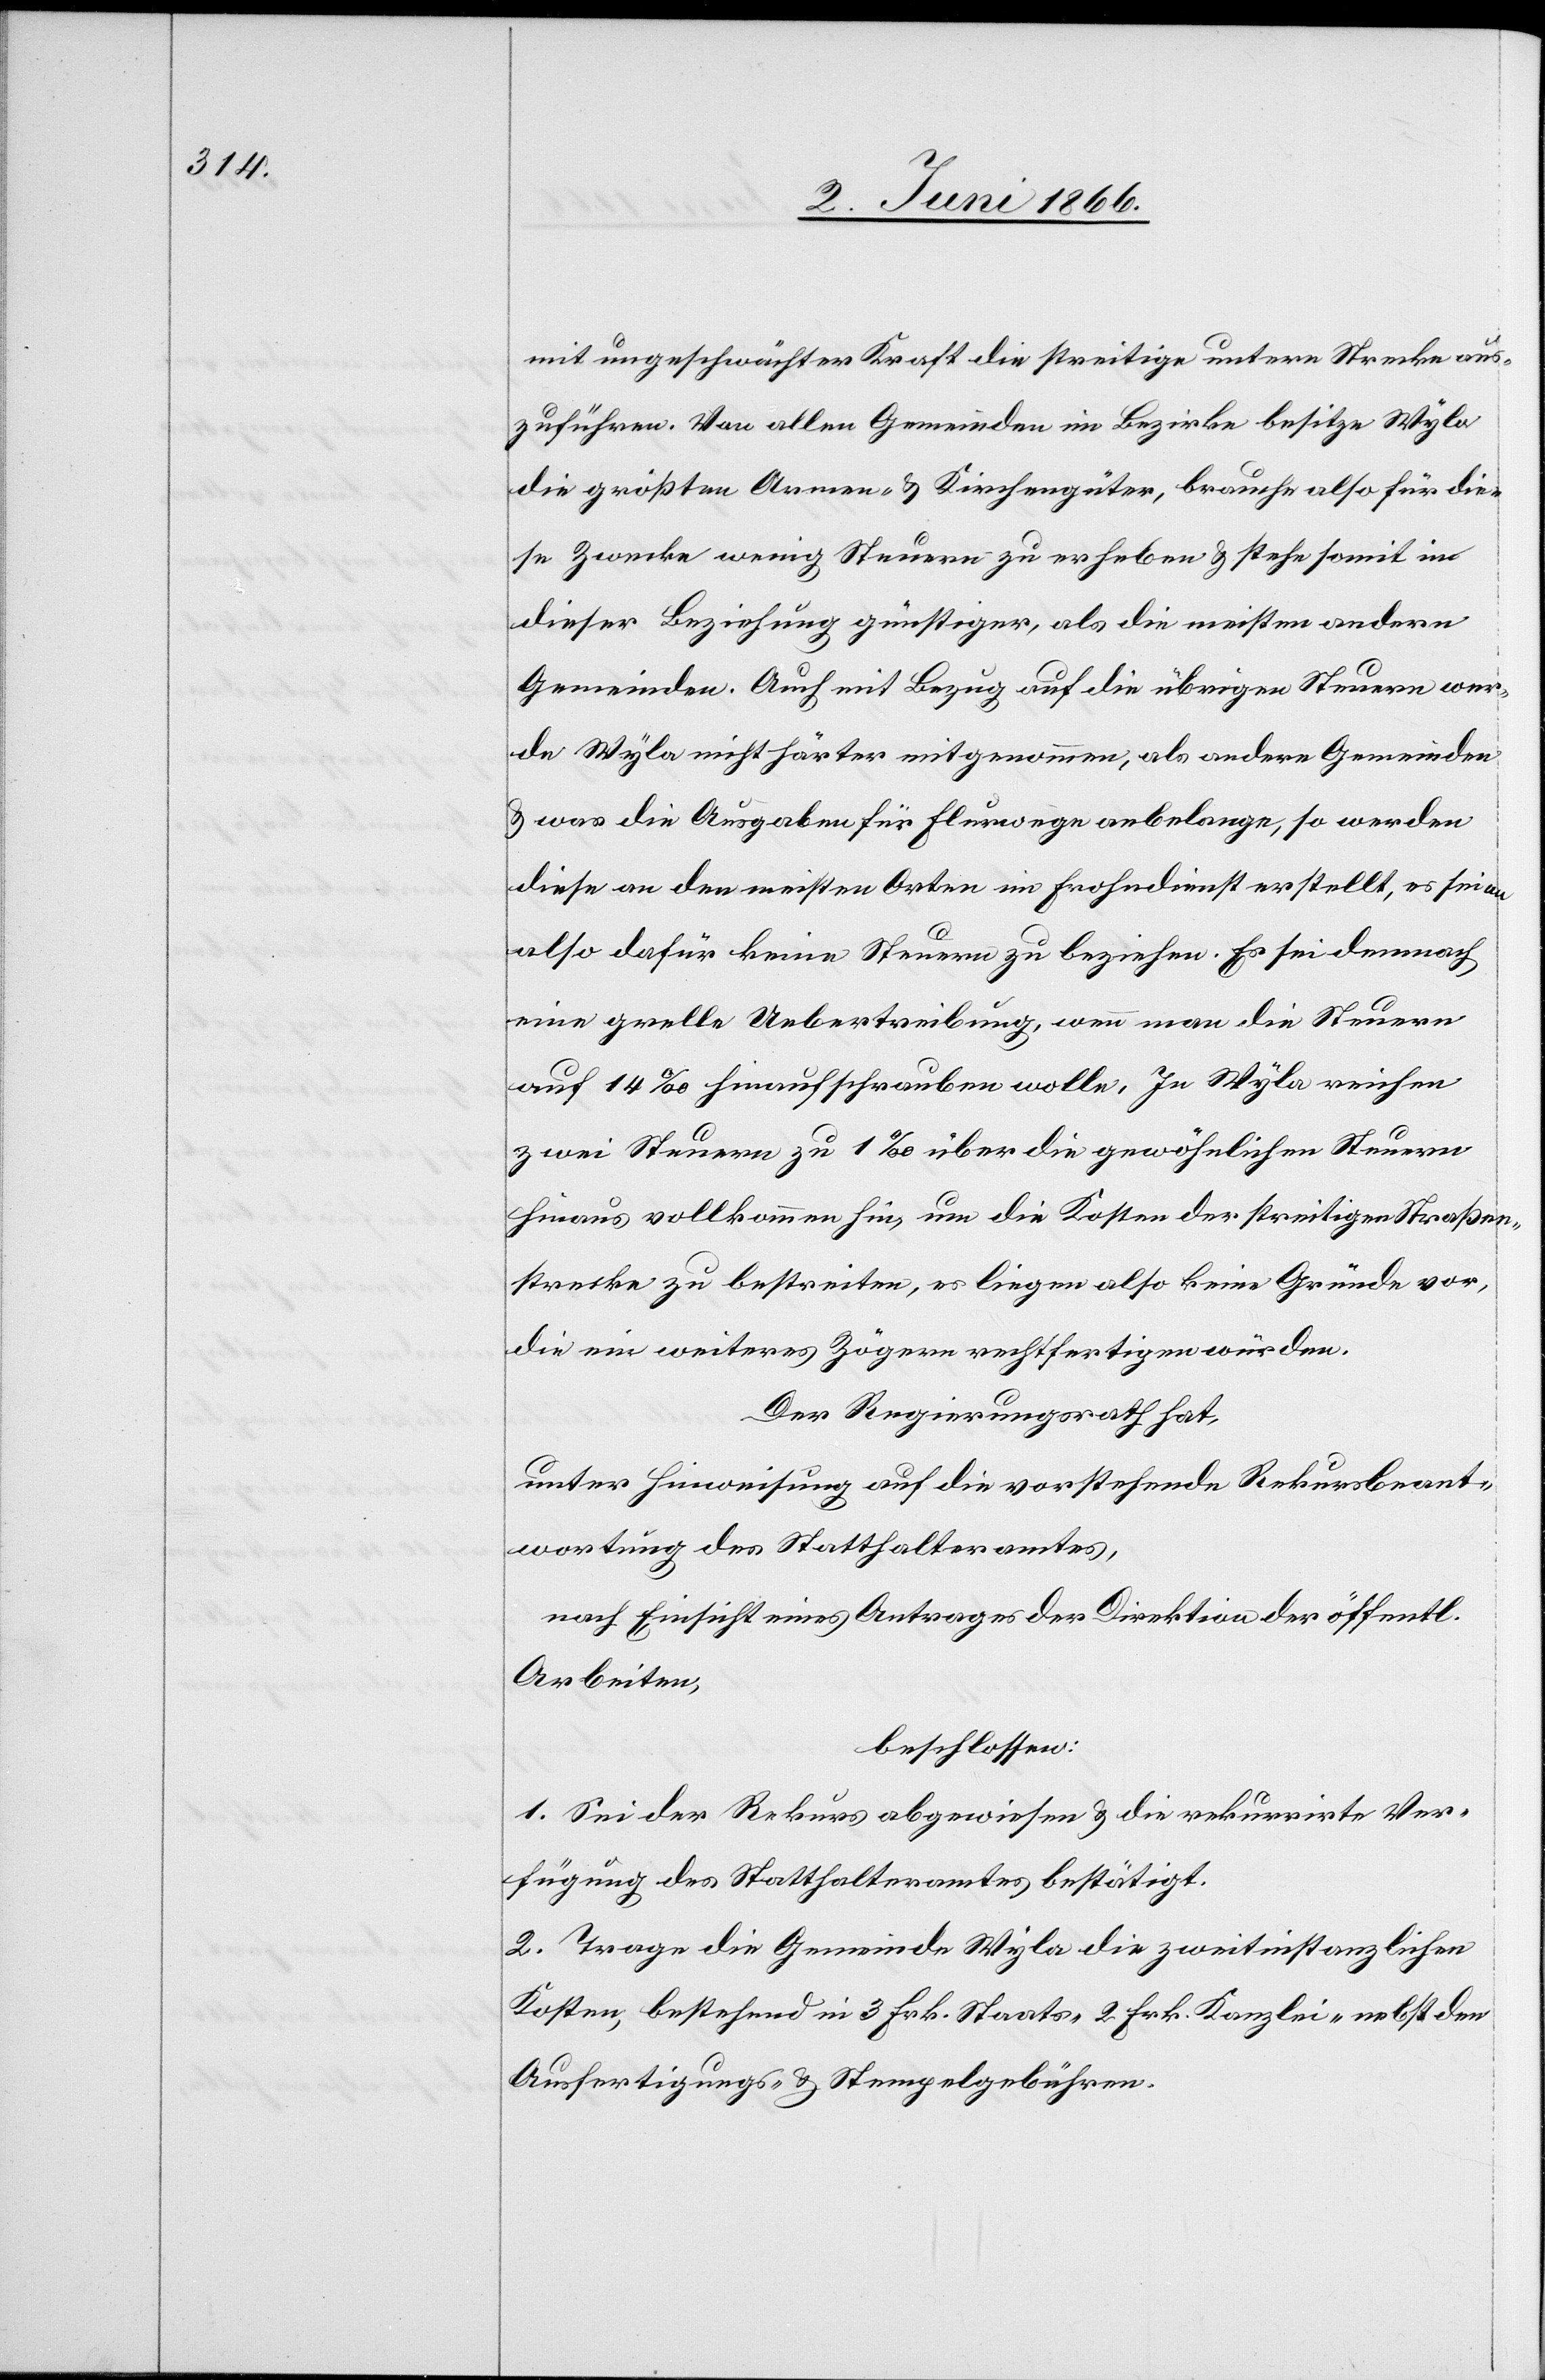
mit ungeschwächter Kraft die streitige untere Strecke aus¬
zuführen. Von allen Gemeinden im Bezirke besitze Wyla
die größten Armen- u. Kirchengüter, brache also für die¬
se Zwecke wenig Steuern zu erheben u. stehe somit in
dieser Beziehung günstiger, als die meisten andern
Gemeinden. Auch mit Bezug auf die übrigen Steuern wer¬
de Wyla nicht härter mitgenommen, als andere Gemeinden
u. was die Ausgaben für Flurwege anbelange, so werden
diese an den meisten Orten im Frohndienste erstellt, es seien
also dafür keine Steuern zu beziehen. Es sei demnach
eine grelle Uebertreibung, wenn man die Steuern
auf 14 ‰ hinaufschrauben wolle. In Wyla reichen
zwei Steuern zu 1 ‰ über die gewöhnlichen Steuern
hinaus vollkommen hin, um die Kosten der streitigen Straßen¬
strecke zu bestreiten, es liegen also keine Gründe vor,
die ein weiteres Zögern rechtfertigen würden.
Der Regierungsrath hat,
unter Hinweisung auf die vorstehende Rekursbeant¬
wortung des Statthalteramtes,
nach Einsicht eines Antrages der Direktion der öffentl.
Arbeiten,
beschlossen:
1. Sei der Rekurs abgewiesen u. die rekurrirte Ver¬
fügung des Statthalteramtes bestätigt.
2. Trage die Gemeinde Wyla die zweitinstanzlichen
Kosten, bestehend in 3 Frk. Staats-[,] 2 Frk Kanzlei- nebst den
Ausfertigungs- u. Stempelgebühren.